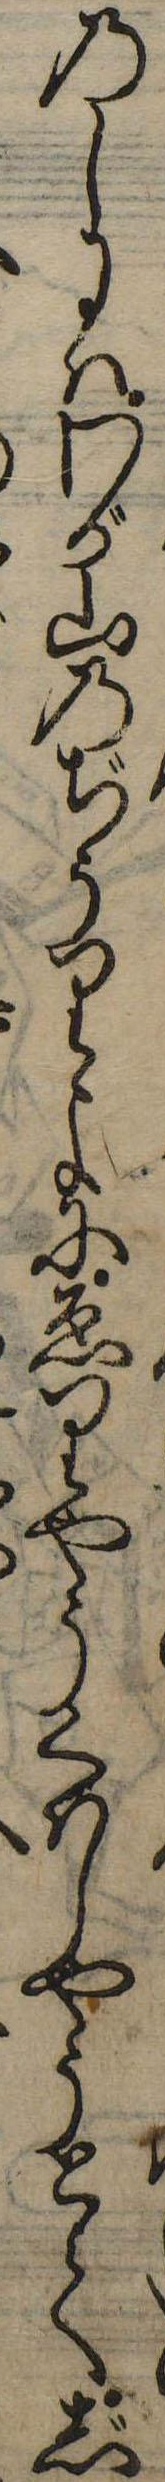
のしにはわが山のぢうりよにゑりやうくはしやうとてじ